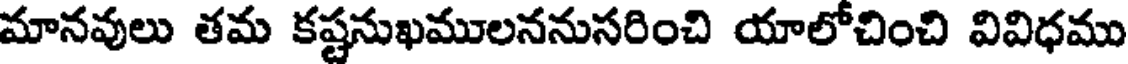
మానవులు తమ కష్టనుఖములననుసరించి యాలోచించి వివిధము